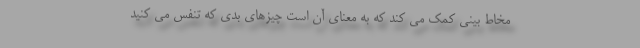
مخاط بینی کمک می کند که به معنای آن است چیزهای بدی که تنفس می کنید